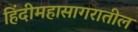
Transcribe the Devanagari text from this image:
हिंदीमहासागरातील